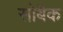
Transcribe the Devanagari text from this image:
सोबैक